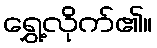
ရွှေ့လိုက်၏။